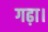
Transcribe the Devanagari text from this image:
गढ़ा।